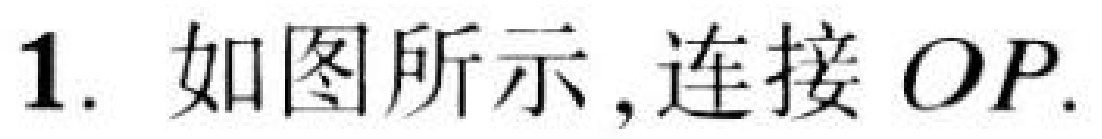
1. 如图所示,连接 \(OP\).